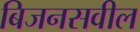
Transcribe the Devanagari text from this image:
बिजनसवील